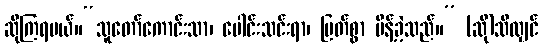
ဆိုကြရမယ်။“သူတော်ကောင်းသာ၊ ပေါင်းသင်းရာ၊ မြတ်စွာ မိန့်ခဲ့သည်။” (ဆို)သိလျှင်